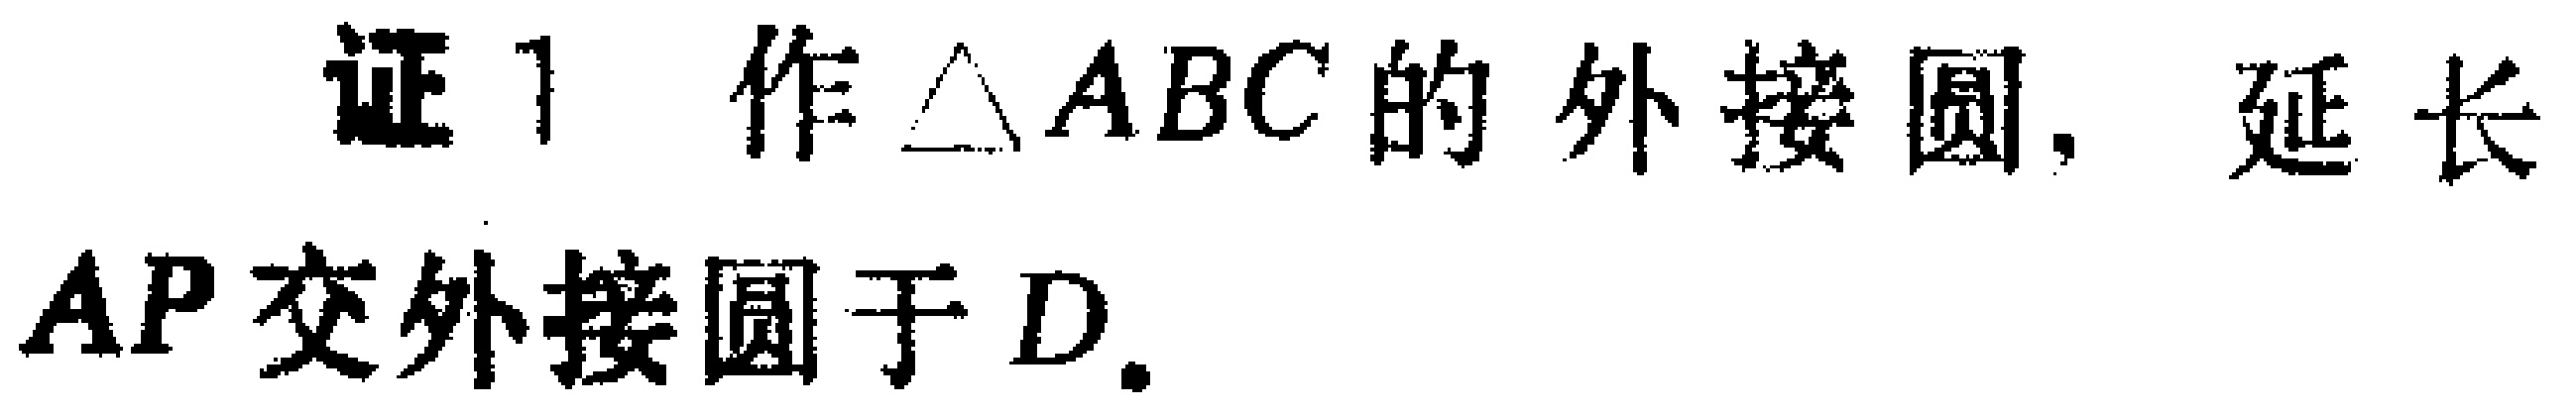
证1 作$\triangle ABC$的外接圆, 延长$AP$交外接圆于$D$.